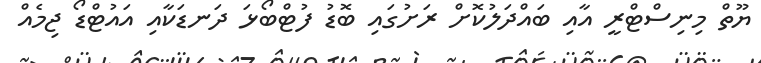
ޔޫތް މިނިސްޓްރީ އާއި ބައްދަލުކޮށް ރަށުގައި ބޮޑު ފުޓްބޯޅަ ދަނޑަކާއި އައުޓްޑޯ ޖިމެއް